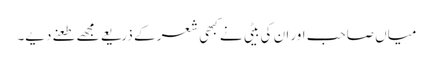
میاں صاحب اور ان کی بیٹی نے کبھی شعر کے ذریعے مجھے طعنے دیے۔